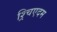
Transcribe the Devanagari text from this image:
श्र्चिएदम